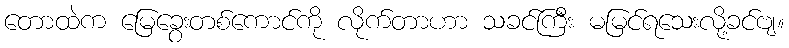
တောထဲက မြေခွေးတစ်ကောင်ကို လိုက်တာဟာ သခင်ကြီး မမြင်ရသေးလို့ခင်ဗျ။